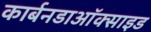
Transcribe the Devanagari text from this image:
कार्बनडाऑक्साइड